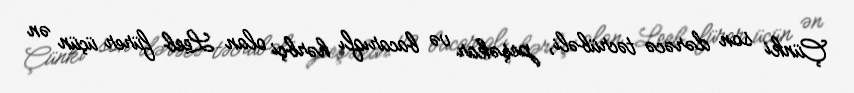
Çünki son dərəcə təcrübəli, peşəkar və bacarıqlı hərbçi olan Leeb fürer üçün ən